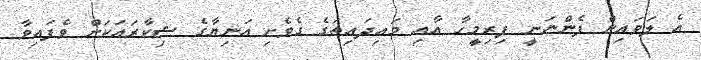
އެ ލަވައިން ފެންނަނީ ފިރިމީހާ އާއި މައިދައިތަގެ ގެވެށި އަނިޔާގެ ޝިކާރައަކަށް ވެފައިވާ